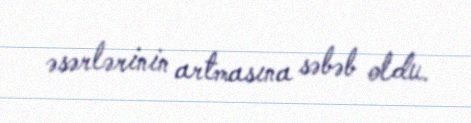
əsərlərinin artmasına səbəb oldu.